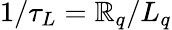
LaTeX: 1/\tau_{L}=\mathbb{R}_{q}/L_{q}